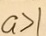
a > 1